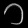
Digit: ၁